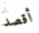
أقصد